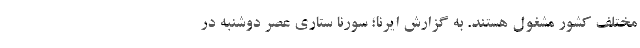
مختلف کشور مشغول هستند. به گزارش ایرنا؛ سورنا ستاری عصر دوشنبه در